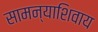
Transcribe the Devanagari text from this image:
सामन्याशिवाय